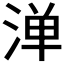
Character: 𬈁